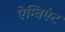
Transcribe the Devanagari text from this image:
ऐम्बिएंट